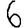
Digit: 6